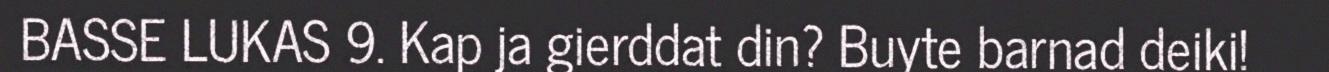
BASSE LUKAS 9. Kap ja gierddat din? Buyte barnad deiki!